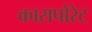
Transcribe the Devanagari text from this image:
कारापोरेट